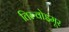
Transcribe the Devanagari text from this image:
तिरुवोइमूर